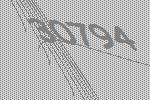
30794